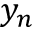
y _ { n }